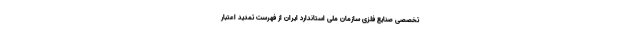
تخصصی صنایع فلزی سازمان ملی استاندارد ایران از فهرست تمدید اعتبار